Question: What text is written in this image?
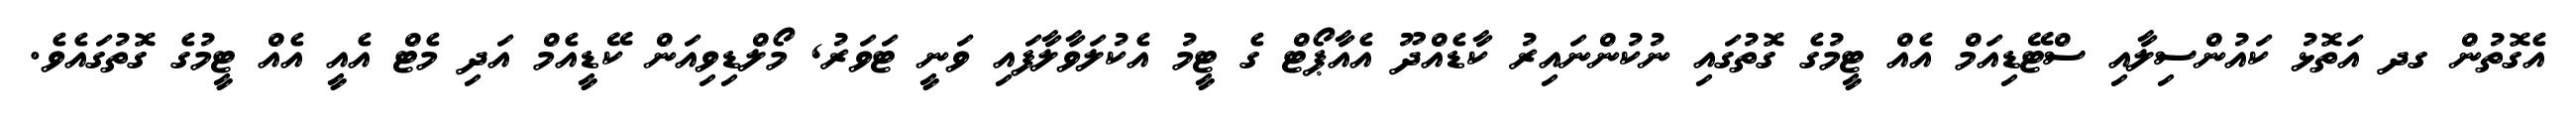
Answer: އެގޮތުން ގދ އަތޮޅު ކައުންސިލާއި ސްޓޭޑިއަމް އެއް ޓީމުގެ ގޮތުގައި ނުކުންނައިރު ކާޑެއްދޫ އެއާޕޯޓް ގެ ޓީމު އެކުލަވާލާފައި ވަނީ ޓަވަރު, މޯލްޑިވިއަން ކޭޑީއެމް އަދި މެޓް އެއީ އެއް ޓީމުގެ ގޮތުގައެވެ.